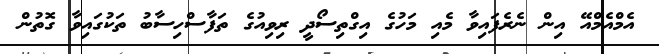
އެމްއެމްއޭ އިން ނެރެފައިވާ މެއި މަހުގެ އިގްތިސޯދީ ރިވިއުގެ ތަފާސްހިސާބު ތަކުގައިވާ ގޮތުން